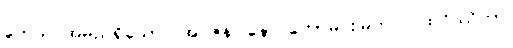
ကေသဝအမည်ရှိသော။ အဂ္ဂဇန၊ နောင်တော်မင်းမြတ်။ ပထဝိဿိတာ၊